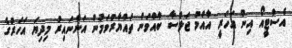
އެސްޓީއޯ އިން އަހަރީ އާއްމު ޖަލްސާ ބާއްވަން ތައްޔާރުވަމުން އަންނައިރު މިދިޔަ އަހަރުގެ